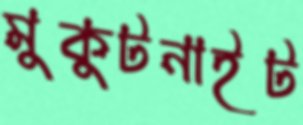
মুকুটনাইট